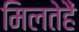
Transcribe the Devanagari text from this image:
मिलतेहैं